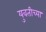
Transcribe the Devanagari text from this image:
युवतीच्या